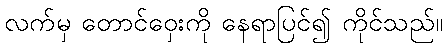
လက်မှ တောင်ဝှေးကို နေရာပြင်၍ ကိုင်သည်။